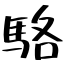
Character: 駱